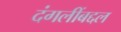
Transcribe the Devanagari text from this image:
दंगलींबद्दल